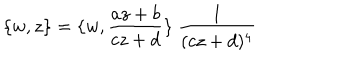
LaTeX: \{ w , z \} = \{ w , \frac { a z + b } { c z + d } \} ~ \frac { 1 } { ( c z + d ) ^ { 4 } }